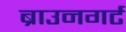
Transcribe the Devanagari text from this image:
ब्राउनगर्ट